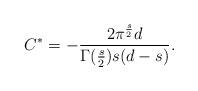
LaTeX: \begin{align*} C^*=-\frac{2\pi^{\frac{s}{2}}d}{\Gamma(\frac{s}{2})s(d-s)}.\end{align*}